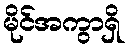
မိုင်အကွာရှိ